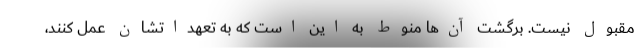
مقبول نیست. برگشت آن‌ها منوط به این است که به تعهداتشان عمل کنند،